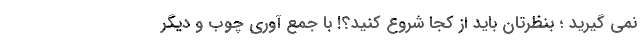
نمی گیرید ؛ بنظرتان باید از کجا شروع کنید؟! با جمع آوری چوب و دیگر